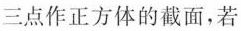
三点作正方体的截面，若K